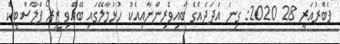
ފެބްރުއަރީ 28 2020: ގިނަ އަދަދެއްގެ ބައިވެރިންނާއިއެކު ހުޅުމާލޭގައި ބޭއްވި ޒީރޯ ޕްލާސްޓިކް